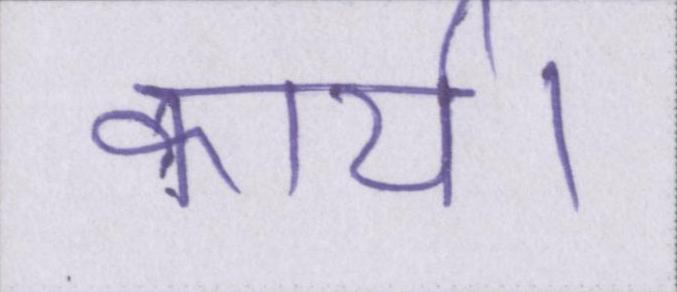
कार्य।